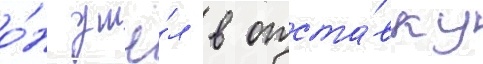
о́н ушё́л в отста́вку